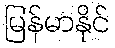
မြန်မာနိုင်